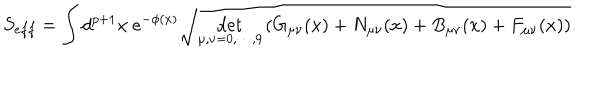
S _ { e f f } = \int d ^ { p + 1 } x ~ e ^ { - \phi ( x ) } \sqrt { \det _ { \mu , \nu = 0 , \cdots , 9 } \left( G _ { \mu \nu } ( x ) + N _ { \mu \nu } ( x ) + B _ { \mu \nu } ( x ) + F _ { \mu \nu } ( x ) \right) } .